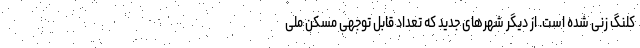
کلنگ زنی شده است. از دیگر شهرهای جدید که تعداد قابل توجهی مسکن ملی